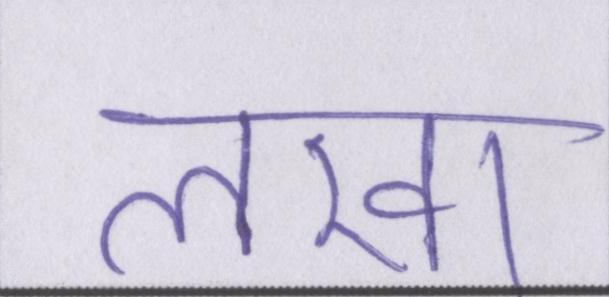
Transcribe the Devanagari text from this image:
लखा